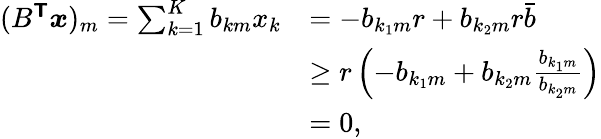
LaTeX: \begin{array}{rl}{(B^{\boldsymbol{\mathsf{T}}}\boldsymbol{x})_{m}=\sum_{k=1}^{K}b_{km}x_{k}}&{=-b_{{k_{1}}m}r+b_{{k_{2}}m}r\bar{b}}\\ &{\ge r\left(-b_{{k_{1}}m}+b_{{k_{2}}m}\frac{b_{{k_{1}}{m}}}{b_{{k_{2}}{m}}}\right)}\\ &{=0,}\end{array}